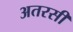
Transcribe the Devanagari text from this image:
अतरसी